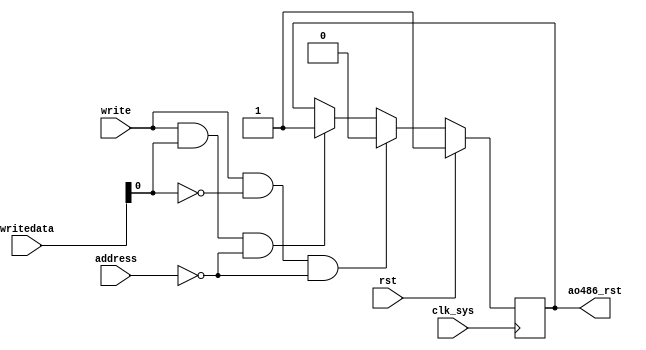
/*
 * Copyright (c) 2015, Arch Labolatory
 * All rights reserved.
 *
 * Redistribution and use in source and binary forms, with or without
 * modification, are permitted provided that the following conditions are met:
 *
 * 1. Redistributions of source code must retain the above copyright notice,
 *    this list of conditions and the following disclaimer.
 * 2. Redistributions in binary form must reproduce the above copyright notice,
 *    this list of conditions and the following disclaimer in the documentation
 *    and/or other materials provided with the distribution.
 *
 * THIS SOFTWARE IS PROVIDED BY THE COPYRIGHT HOLDERS AND CONTRIBUTORS "AS IS" AND
 * ANY EXPRESS OR IMPLIED WARRANTIES, INCLUDING, BUT NOT LIMITED TO, THE IMPLIED
 * WARRANTIES OF MERCHANTABILITY AND FITNESS FOR A PARTICULAR PURPOSE ARE
 * DISCLAIMED. IN NO EVENT SHALL THE COPYRIGHT OWNER OR CONTRIBUTORS BE LIABLE FOR
 * ANY DIRECT, INDIRECT, INCIDENTAL, SPECIAL, EXEMPLARY, OR CONSEQUENTIAL DAMAGES
 * (INCLUDING, BUT NOT LIMITED TO, PROCUREMENT OF SUBSTITUTE GOODS OR SERVICES;
 * LOSS OF USE, DATA, OR PROFITS; OR BUSINESS INTERRUPTION) HOWEVER CAUSED AND
 * ON ANY THEORY OF LIABILITY, WHETHER IN CONTRACT, STRICT LIABILITY, OR TORT
 * (INCLUDING NEGLIGENCE OR OTHERWISE) ARISING IN ANY WAY OUT OF THE USE OF THIS
 * SOFTWARE, EVEN IF ADVISED OF THE POSSIBILITY OF SUCH DAMAGE.
 *
 */

module ao486_rst_controller
  (
   input wire        clk_sys,
   input wire        rst,
   output reg        ao486_rst,

   input wire [1:0]  address,
   input wire        write,
   input wire [31:0] writedata
   );

    always @(posedge clk_sys) begin
        if(rst) begin
            ao486_rst <= 1;
        end else begin
            if(write && writedata[0] == 1'b0 && address == 4'b0000)
              ao486_rst <= 0;
            else if(write && writedata[0] == 1'b1 && address == 4'b0000)
              ao486_rst <= 1;
        end
    end
endmodule